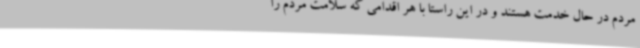
مردم در حال خدمت هستند و در این راستا با هر اقدامی که سلامت مردم را